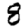
Digit: 8